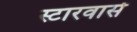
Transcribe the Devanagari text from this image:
स्टारवार्स